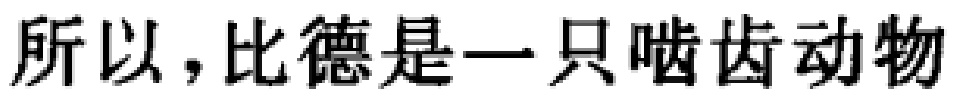
所以，比德是一只啮齿动物